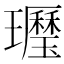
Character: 𤪾